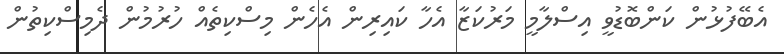
އެބޭފުޅުން ކަންބޮޑުވީ އިސްލާމީ މަރުކަޒާ އެހާ ކައިރިން އެހެން މިސްކިތެއް ހުރުމުން ދެމިސްކިތުން